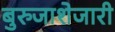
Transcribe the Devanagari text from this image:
बुरुजाशेजारी